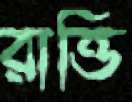
রাত্তি